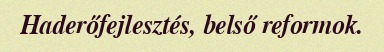
Haderőfejlesztés, belső reformok.